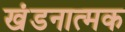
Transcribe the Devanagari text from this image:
खंडनात्मक